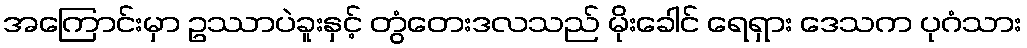
အကြောင်းမှာ ဥဿာပဲခူးနှင့် တွံတေးဒလသည် မိုးခေါင် ရေရှား ဒေသက ပုဂံသား